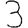
Digit: 3